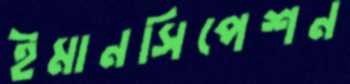
ইমানসিপেশন